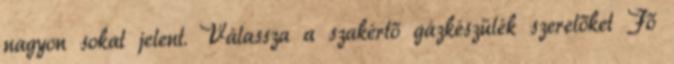
nagyon sokat jelent. Válassza a szakértő gázkészülék szerelőket Fő